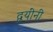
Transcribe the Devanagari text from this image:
द्वयींनी